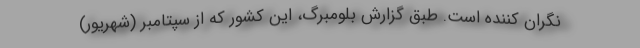
نگران کننده است. طبق گزارش بلومبرگ، این کشور که از سپتامبر (شهریور)